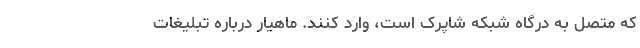
که متصل به درگاه شبکه شاپرک است، وارد کنند. ماهیار درباره تبلیغات